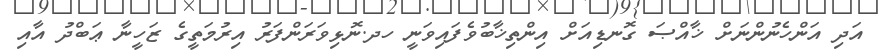
އަދި އަންހެނުންނަށް ޚާއްޞަ ގޮނޑިއަށް އިންތިޚާބުވެފައިވަނީ ހދ.ނޮޅިވަރަންފަރު އިރުމަތީގެ ޒަހީނާ ޢަބްދު އާއި